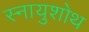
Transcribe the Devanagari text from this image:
स्नायुशोथ